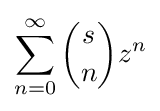
\sum _{n=0}^{\infty }{\binom {s}{n}}z^{n}